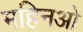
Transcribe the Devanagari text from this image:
महिनओ